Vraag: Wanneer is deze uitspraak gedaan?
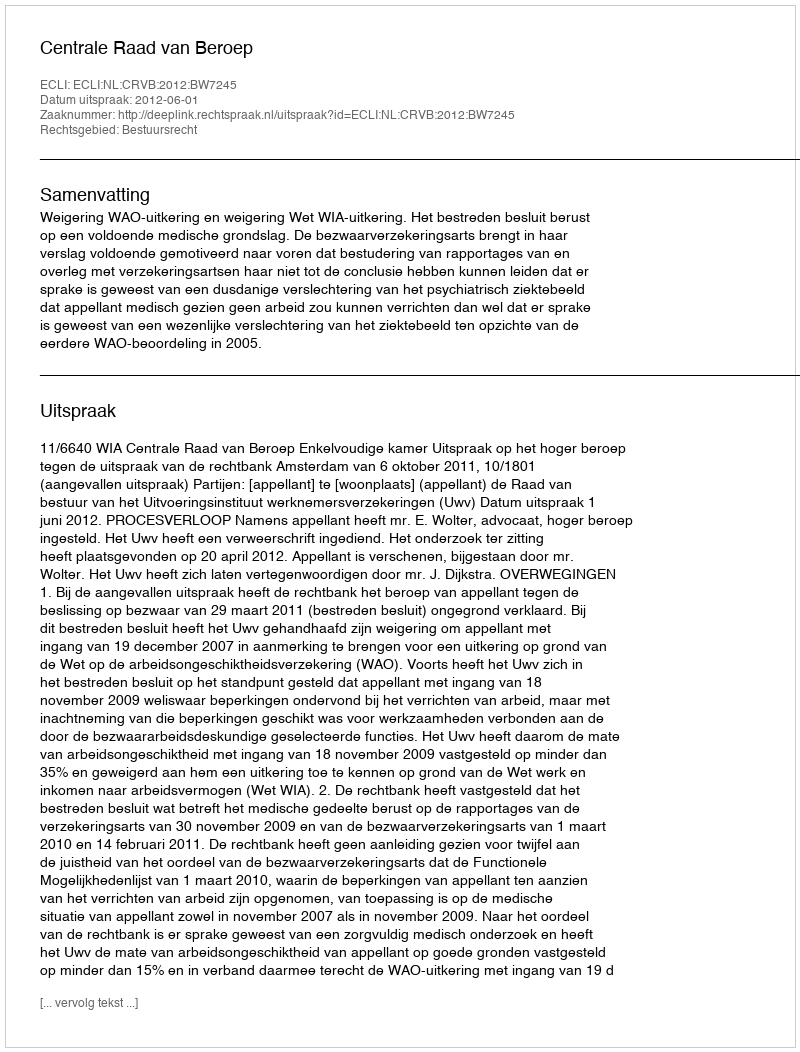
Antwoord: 2012-06-01